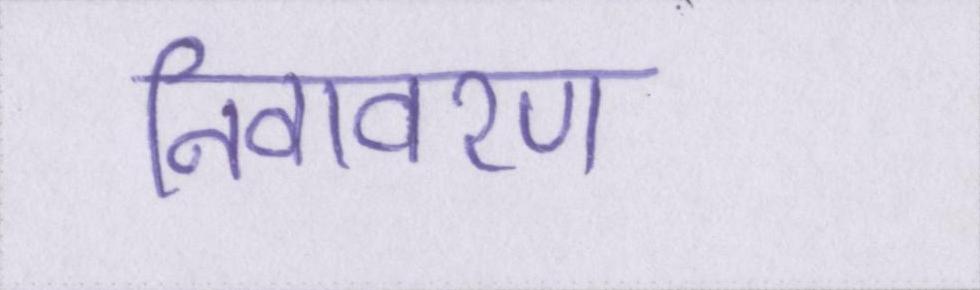
निवावरण